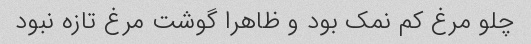
چلو مرغ کم نمک بود و ظاهرا گوشت مرغ تازه نبود